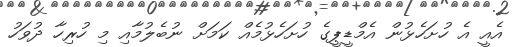
އެއީ އެ ހުށަހެޅުން އެމްޑީޕީގެ ހުށަހެޅުމެއް ކަމަށް ނުބެލުމާއި މި ހުރިހާ ދުވަހު